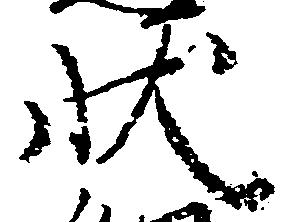
状